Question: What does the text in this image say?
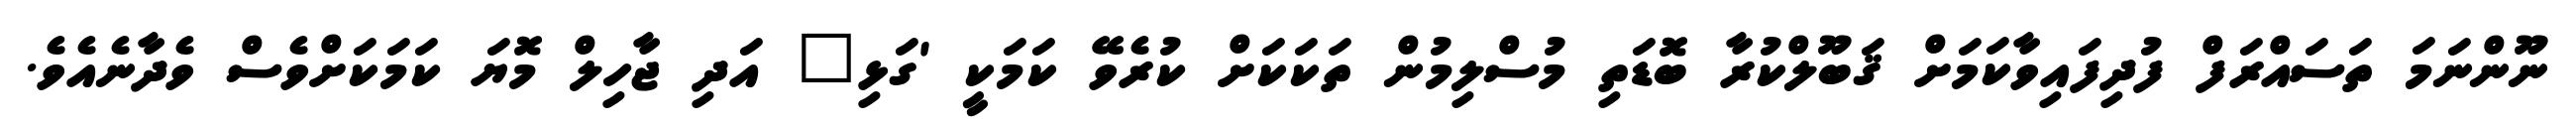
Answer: ނޫންނަމަ ތަސައްރަފް ފުދިފައިވާކަމަށް ޤަބޫލްކުރާ ބޮޑަތި މުސްލިމުން ތަކަކަށް ކުރެވޭ ކަމަކީ 'ގަޅި" އަދި ޖާހިލް މޮޔަ ކަމަކަށްވެސް ވެދާނެއެވެ.